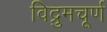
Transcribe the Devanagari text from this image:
विद्रुमचूर्ण